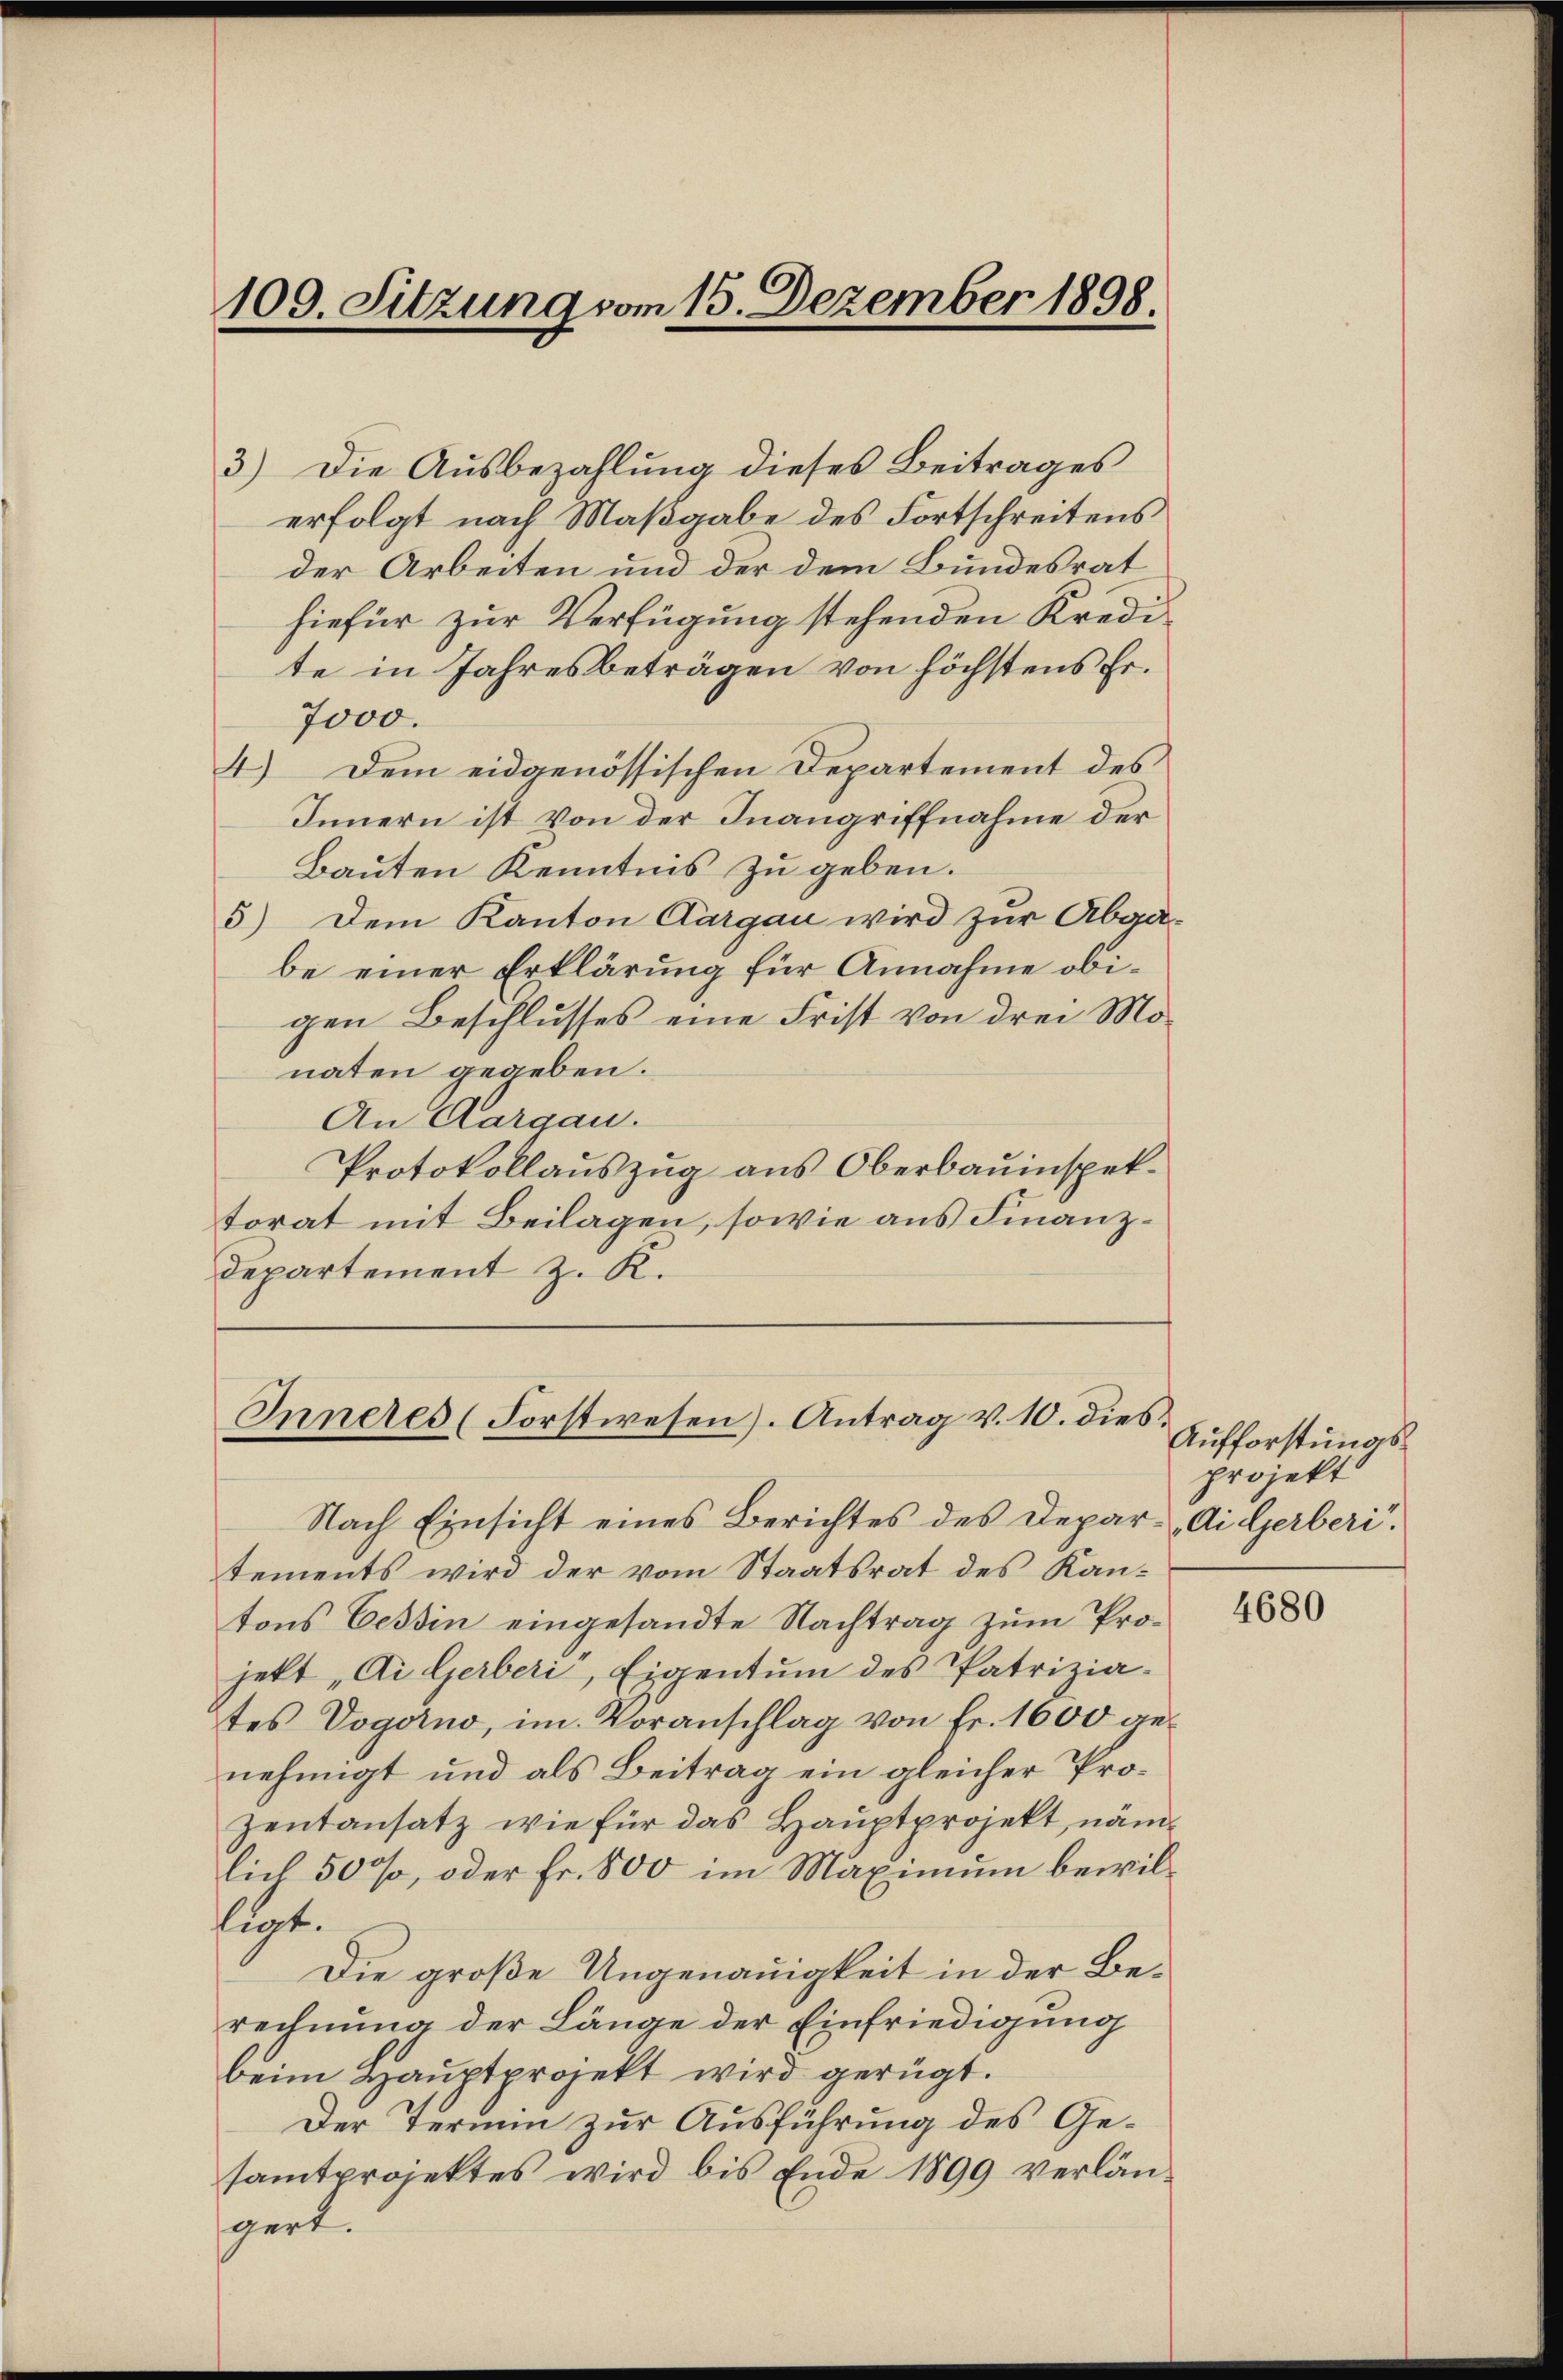
109. Sitzung vom 15. Dezember 1898

3) Die Ausbezahlung dieses Beitrages
erfolgt nach Maßgabe des Fortschreitens
der Arbeiten und der dem Bundesrat
hiefür zur Verfügung stehenden Kredite in Jahresbeträgen von höchstens Fr.
7000.
4.) Dem eidgenössischen Departement des
Innern ist von der Inangriffnahme der
Bauten Kenntnis zu geben.
5) Dem Kanton Aargau wird zur Abga-
be einer Erklärung für Annahme obigen Beschlusses eine Frist von drei Monaten gegeben.
An Aargau.
Protokollauszug aus Oberbauinspektorat mit Beilagen, sowie aus Finanzdepartement z. R.

Inneres (Forstwesen). Antrag v. 10. dies

Nach Einsicht eines Berichtes des Depar- Ai Gerberi.
tements wird der vom Staatsrat des Kantons Cessin eingesandte Nachtrag zum Projekt „Ai Gerberi, Eigentum des Patriziates Vogotno, im Voranschlag von Fr. 1600 genehmigt und als Beitrag ein gleicher Pro¬
Zeŭtansatz wie für das Hauptprojekt, nämlich 50%, oder Fr. 800 im Maximum bewilligt.
Die große Ungenauigkeit in der Berechnung der Länge der Einfriedigung
beim Hauptprojekt wird gerügt.
Der Termin zur Ausführung des Gesamtprojektes wird bis Ende 1899 verlängert.

Aufforstungs
projekt

4680